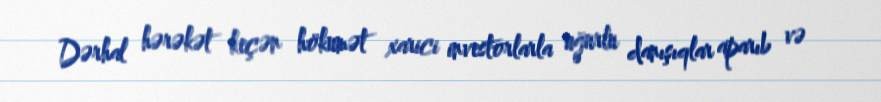
Dərhal hərəkət keçən hökumət xarici investorlarla uğurlu danışıqlar aparıb və